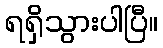
ရရှိသွားပါပြီ။